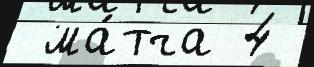
 ма́тча 4